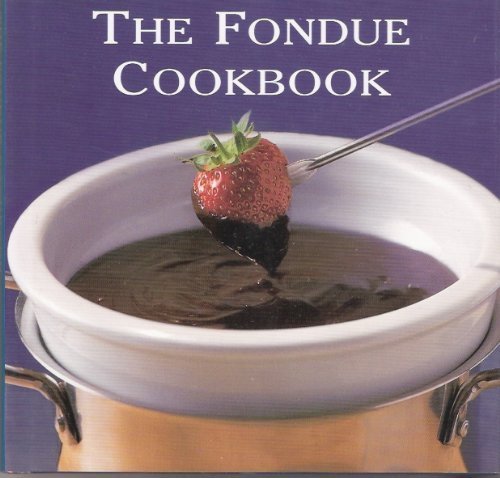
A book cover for The Fondue Cookbook; Hamlyn Editors; Cookbooks, Food & Wine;